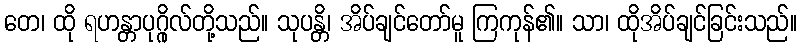
တေ၊ ထို ရဟန္တာပုဂ္ဂိုလ်တို့သည်။ သုပန္တိ၊ အိပ်ချင်တော်မူ ကြကုန်၏။ သာ၊ ထိုအိပ်ချင်ခြင်းသည်။